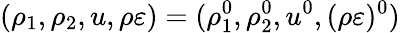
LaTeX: (\rho_{1},\rho_{2},u,\rho\varepsilon)=(\rho_{1}^{0},\rho_{2}^{0},u^{0},(\rho\varepsilon)^{0})